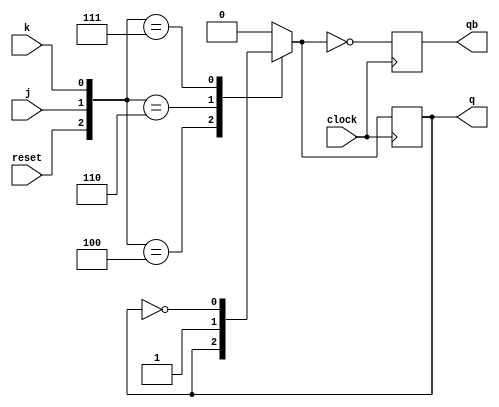
module jkff(j,k,clock,reset,q,qb);
input j,k,clock,reset;
output reg q,qb;
always@(negedge clock)
begin
case({reset,j,k})
3'b100 :q=q;
3'b101 :q=0;
3'b110 :q=1;
3'b111 :q=~q;
default :q=0;
endcase
qb<=~q;
end
endmodule

module ripple_count(j,k,clock,reset,q,qb);
input j,k,clock,reset;
output wire [3:0]q,qb;

jkff JK1(j,k,clock,reset,q[0],qb[0]);
jkff JK2(j,k,q[0],reset,q[1],qb[1]);
jkff JK3(j,k,q[1],reset,q[2],qb[2]);
jkff JK4(j,k,q[2],reset,q[3],qb[3]);

endmodule